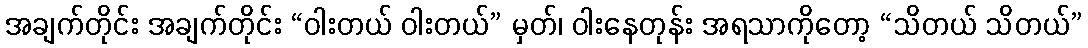
အချက်တိုင်း အချက်တိုင်း “ဝါးတယ် ဝါးတယ်” မှတ်၊ ဝါးနေတုန်း အရသာကိုတော့ “သိတယ် သိတယ်”